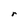
Character: r